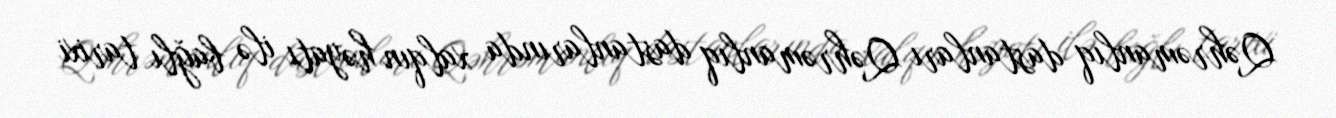
Qəhrəmanlıq dastanları Qəhrəmanlıq dastanlarında xalqın həyatı ilə bağlı tarixi